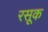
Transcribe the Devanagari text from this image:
रसूक